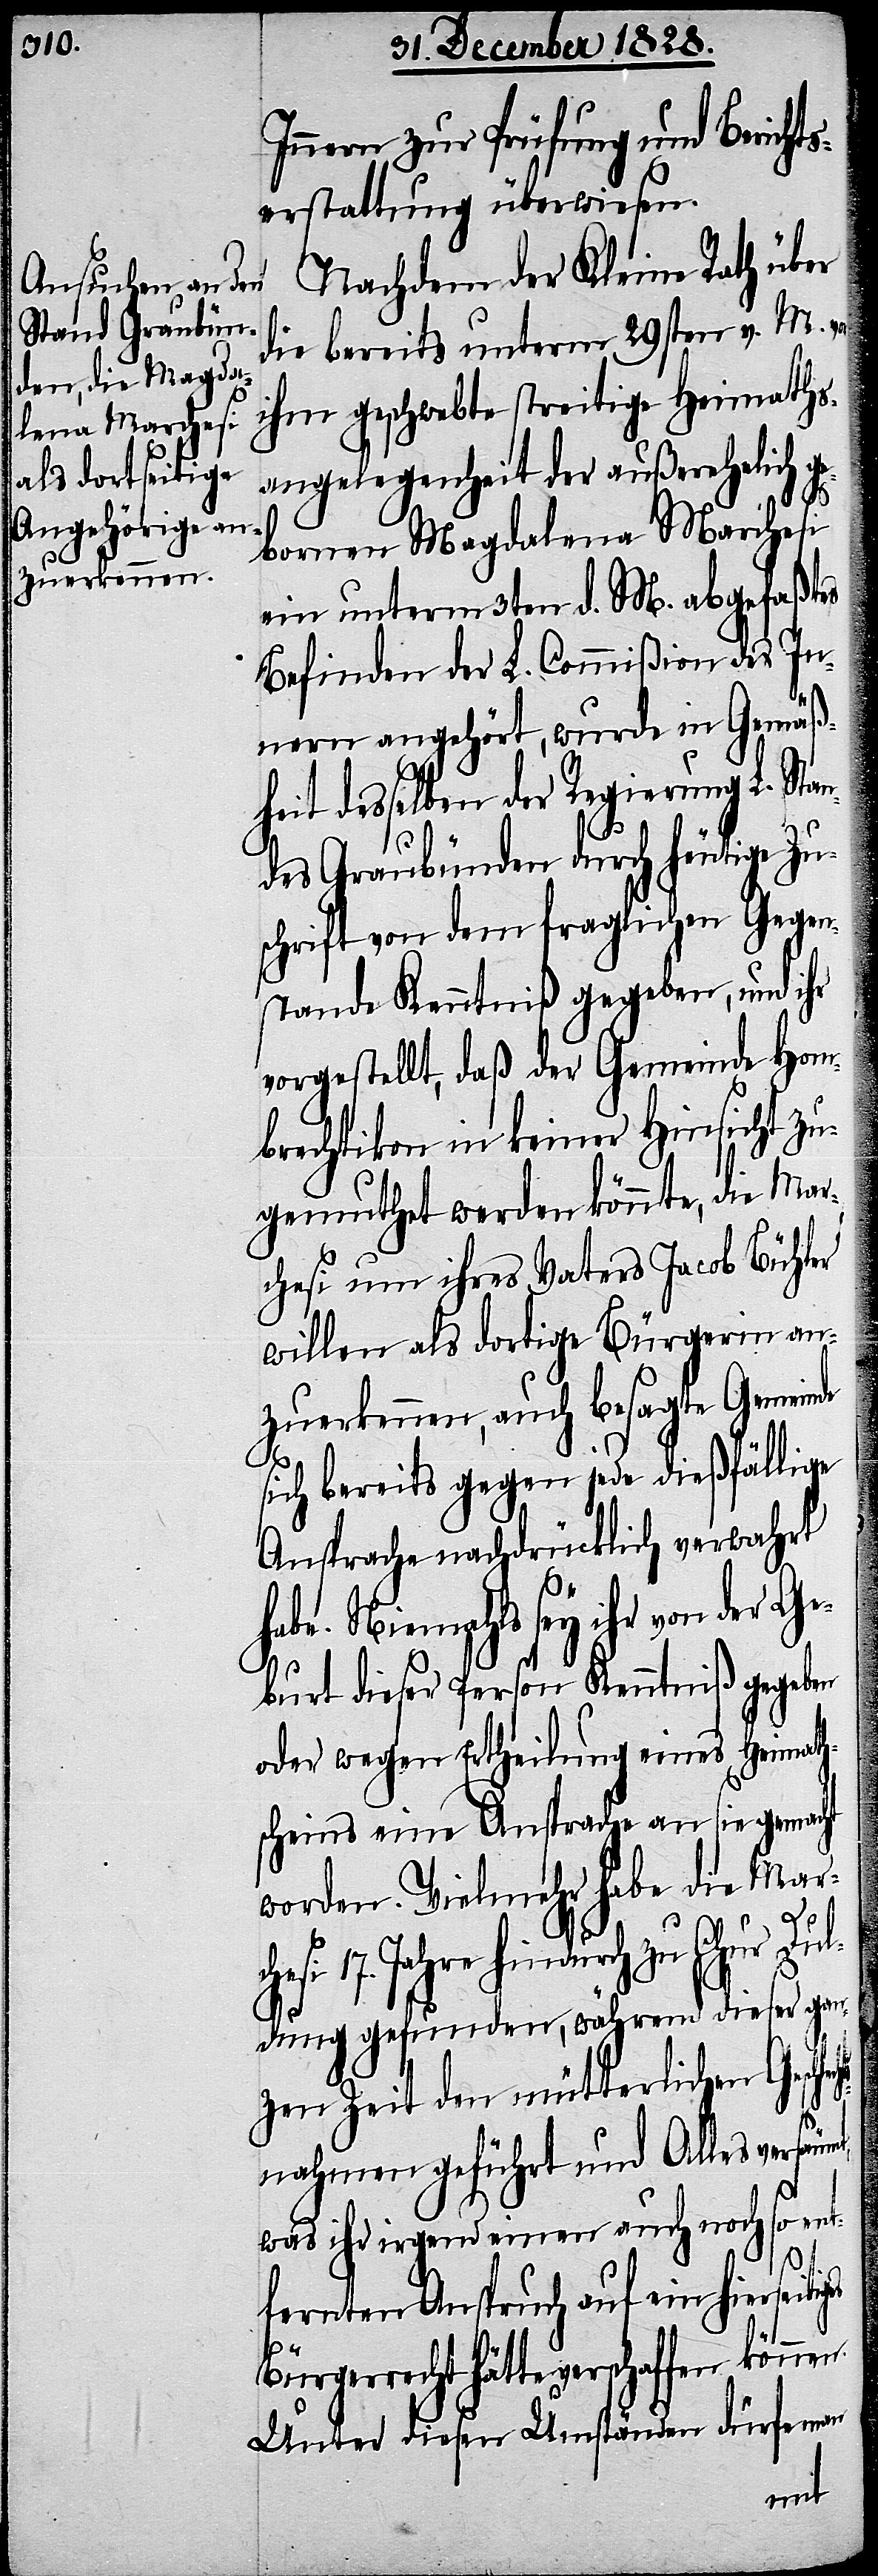
Innern zur Prüfung und Berichts¬
erstattung überwiesen.
Nachdem der Kleine Rath über
die bereits unterm 29sten v. M.
ihm geschwebte streitige Heimaths¬
angelegenheit der außerehelich ge¬
bornen Magdalena Marchesi
ein unterm 3ten d. M. abgefaßtes
Befinden der L. Commißion des In¬
ges
nern angehört, wurde in Gemäß¬
heit desselben der Regierung L. Stan¬
des Graubünden durch heutige Zu¬
schrift von dem fraglichen Gegen¬
stande Kenntniß gegeben, und ihr
mbrechtikon in keiner Hinsicht zu¬
gemuthet werden könnte, die Mar¬
chesi um ihres Vaters Jacob Bühler
willen als dortige Bürgerin an¬
zuerkennen, auch besagte Gemeinde
sich bereits gegen jede dießfällige
Ansprache nachdrücklich verwahrt
h¬
abe. Niemahls sey ihr von der G¬
eburt dieser Person Kenntniß gegeben
oder wegen Ertheilung eines Heimath¬
scheins eine Ansprache an sie gemacht
worden. Vielmehr habe die Mar¬
esi 17. Jahre hindurch zu Chur Du¬
ldung gefunden, während dieser gan¬
zen Zeit den mütterlichen Gesch¬
nahmen geführt und Alles versäumt,
was ihr irgend einen auch noch so ent¬
ch¬
fernten Anspruch auf ein hierseiti¬
Unter diesen Umständen dürfe man